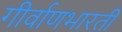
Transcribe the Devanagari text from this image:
गीर्वाणभारती